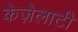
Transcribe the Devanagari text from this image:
केज़ेलाटी